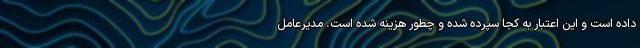
داده است و این اعتبار به کجا سپرده شده و چطور هزینه شده است. مدیرعامل